Medical and sanitary report of the native army of Madras for the year
Year: 1872
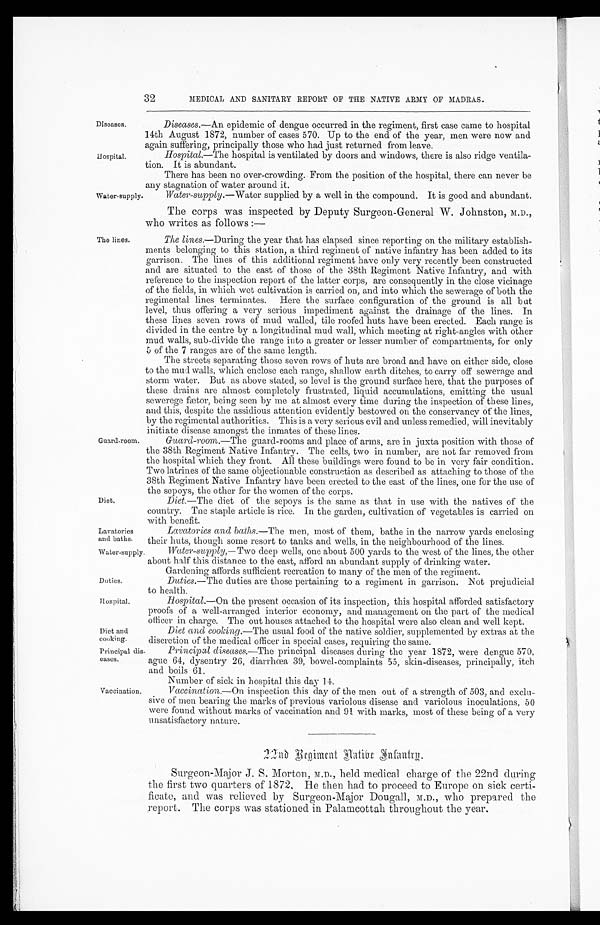
Water-supply.
Duties.
Hospital.
Diet and
cooking.
32
MEDICAL AND SANITARY REPORT OF THE NATIVE ARMY OF MADRAS.
Diseases.
Hospital.
Diseases .—An epidemic of dengue occurred in the regiment, first case came to hospital
14th August 1872, number of cases 570. Up to the end of the year, men were now and
again suffering, principally those who had just returned from leave.
Hospital.—The hospital is ventilated by doors and windows, there is also ridge ventila
-
tion. It is abundant.
There has been no over-crowding. From the position of the hospital, there can never be
any stagnation of water around it.
Water-supply.
The lines.
Guard-room.
Water-supply .—Water supplied by a well in the compound. it is good and abundant.
The corps was inspected by Deputy Surgeon-General W. Johnston, M.D.,
who writes as follows:—
The lines .—During the year that has elapsed since reporting on the military establish
-
ments belonging to this station, a third regiment of native infantry has been added to its
garrison. The lines of this additional regiment have only very recently been constructed
and are situated to the east of those of the 38th Regiment Native Infantry, and with
reference to the inspection report of the latter corps, are consequently in the close vicinage
of the fields, in which wet cultivation is carried on, and into which the sewerage of both the
regimental lines terminates. Here the surface configuration of the ground is all but
level, thus offering a very serious impediment against the drainage of the lines. In
these lines seven rows of mud walled, tile roofed huts have been erected. Each range is
divided in the centre by a longitudinal mud wall, which meeting at right-angles with other
mud walls, sub-divide the range into a greater or lesser number of compartments, for only
5 of the 7 ranges are of the same length.
The streets separating those seven rows of huts are broad and have on either side, close
to the mud walls, which enclose each range, shallow earth ditches, to carry off sewerage and
storm water. But as above stated, so level is the ground surface here, that the purposes of
these drains are almost completely frustrated, liquid accumulations, emitting the usual
sewerage fætor, being seen by me at almost every time during the inspection of these lines,
and this, despite the assidious attention evidently bestowed on the conservancy of the lines,
by the regimental authorities. This is a very serious evil and unless remedied, will inevitably
initiate disease amongst the inmates of these lines.
Guard-room.—The guard-rooms and place of arms, are in juxta position with those of
the 38th Regiment Native Infantry. The cells, two in number, are not far removed from
the hospital which they front. All these buildings were found to be in very fair condition.
Two latrines of the same objectionable construction as described as attaching to those of the
38th Regiment Native Infantry have been erected to the east of the lines, one for the use of
the sepoys, the other for the women of the corps.
Diet.
Lavatories
and baths.
Diet.—The diet of the sepoys is the same as that in use with the natives of the
country. The staple article is rice. In the garden, cultivation of vegetables is carried on
with benefit.
Lavatories and baths .—The men, most of them, bathe in the narrow yards enclosing
their huts, though some resort to tanks and wells, in the neighbourhood of the lines.
Water-supply,—Two deep wells, one about 500 yards to the west of the lines, the other
about half this distance to the east, afford an abundant supply of drinking water.
Gardening affords sufficient recreation to many of the men of the regiment.
Duties .—The duties are those pertaining to a regiment in garrison. Not prejudicial
to health.
Hospital .—On the present occasion of its inspection, this hospital afforded satisfactory
proofs of a well-arranged interior economy, and management on the part of the medical
officer in charge. The out houses attached to the hospital were also clean and well kept.
Diet and cooking .—The usual food of the native soldier, supplemented by extras at the
discretion of the medical officer in special cases, requiring the same.
Principal dis
-eases.
Principal diseases .—The principal diseases during the year 1872, were dengue 570,
ague 64, dysentry 26, diarrhœa 39, bowel-complaints 55, skin-diseases, principally, itch
and boils 61.
Number of sick in hospital this day 14.
Vaccination.
Vaccination .—On inspection this day of the men out of a strength of 503, and exclu
-
sive of men bearing the marks of previous variolous disease and variolous inoculations, 50
were found without marks of vaccination and 91 with marks, most of these being of a very
unsatisfactory nature.
22nd Regiment Native Infantry.
Surgeon-Major J. S. Morton, M.D., held medical charge of the 22nd during
the first two quarters of 1872. He then had to proceed to Europe on sick certi
-
ficate, and was relieved by Surgeon-Major Dougall, M.D., who prepared the
report. The corps was stationed in Palamcottah throughout the year.